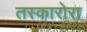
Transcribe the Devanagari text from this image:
तस्कारोरा